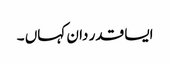
ایسا قدر دان کہاں ۔